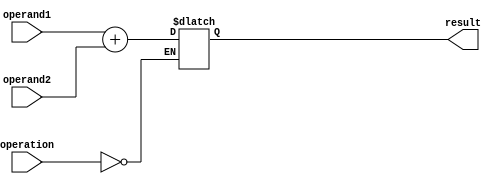
module ArbitraryPrecisionFloatingPointUnit (
    input wire [63:0] operand1,
    input wire [63:0] operand2,
    input wire [2:0] operation,
    output wire [63:0] result
);

// Components for addition, subtraction, multiplication, and division
reg [63:0] sum, difference, product, quotient;

// Components for handling special cases
reg [63:0] nan = 64'h7FF8000000000000;
reg [63:0] infinity = 64'h7FF0000000000000;

// Components for rounding and normalization
reg [63:0] round_result, normalized_result;

always @(*) begin
    case(operation)
        3'b000: // Addition
            sum = operand1 + operand2;
        3'b001: // Subtraction
            difference = operand1 - operand2;
        3'b010: // Multiplication
            product = operand1 * operand2;
        3'b011: // Division
            quotient = operand1 / operand2;
    endcase
end

// Rounding and normalization logic would be implemented here

assign result =  sum;

endmodule